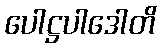
ပေါဋ္ဌပါဒေါတိ